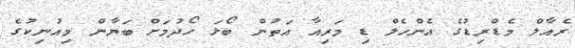
ރެއާލް މެޑްރިޑުގެ އެންހެލް ޑި މަރިއާ އަތުން ބޯޅަ ހޯދުމަށް ބަޔާން މިއުނިކުގެ